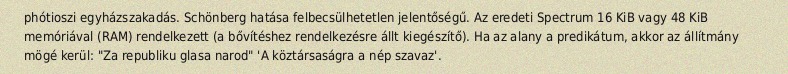
phótioszi egyházszakadás. Schönberg hatása felbecsülhetetlen jelentőségű. Az eredeti Spectrum 16 KiB vagy 48 KiB memóriával (RAM) rendelkezett (a bővítéshez rendelkezésre állt kiegészítő). Ha az alany a predikátum, akkor az állítmány mögé kerül: "Za republiku glasa narod" 'A köztársaságra a nép szavaz'.